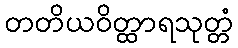
တတိယဝိတ္ထာရသုတ္တံ